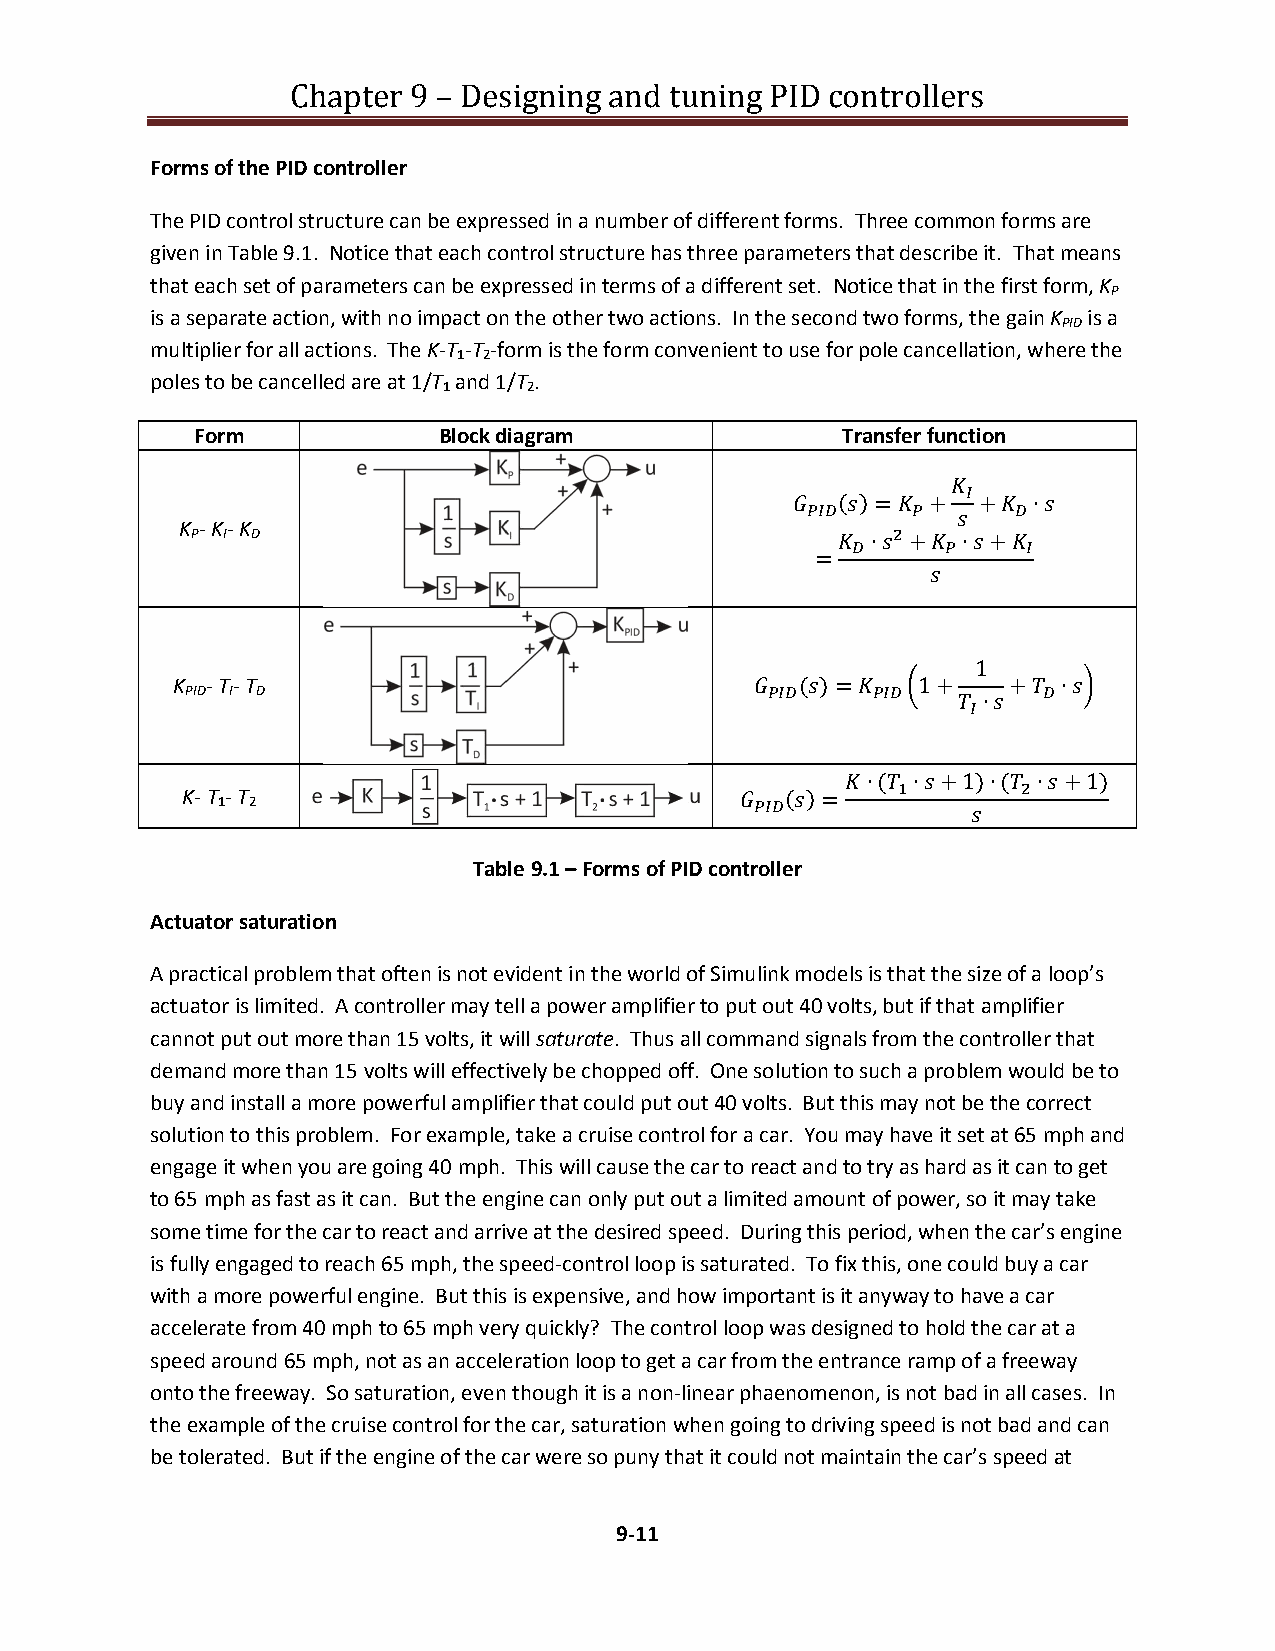
Chapter 9 – Designing and tuning PID controllers
 Forms of the PID controller
 The PID control structure can be expressed in a number of different forms. Three common forms are
 given in Table 9.1. Notice that each control structure has three parameters that describe it. That means
 that each set of parameters can be expressed in terms of a different set. Notice that in the first form, K
 P
 is a separate action, with no impact on the other two actions. In the second two forms, the gain K is a
 PID
 multiplier for all actions. The K-T -T -form is the form convenient to use for pole cancellation, where the
 1 2
 poles to be cancelled are at 1/T and 1/T .
 1     2
 Form            Block diagram              Transfer function

  ()=  +  + ∙

 K - K- K
 P I D                                       ∙+ ∙+

 =

 1
 K  - T- T                                ()=  1+    + ∙
 PID I D                                       ∙

 ∙( ∙+1)∙( ∙+1)
 K- T 1- T 2                           ()=

 Table 9.1 – Forms of PID controller
 Actuator saturation
 A practical problem that often is not evident in the world of Simulink models is that the size of a loop’s
 actuator is limited. A controller may tell a power amplifier to put out 40 volts, but if that amplifier
 cannot put out more than 15 volts, it will saturate. Thus all command signals from the controller that
 demand more than 15 volts will effectively be chopped off. One solution to such a problem would be to
 buy and install a more powerful amplifier that could put out 40 volts. But this may not be the correct
 solution to this problem. For example, take a cruise control for a car. You may have it set at 65 mph and
 engage it when you are going 40 mph. This will cause the car to react and to try as hard as it can to get
 to 65 mph as fast as it can. But the engine can only put out a limited amount of power, so it may take
 some time for the car to react and arrive at the desired speed. During this period, when the car’s engine
 is fully engaged to reach 65 mph, the speed-control loop is saturated. To fix this, one could buy a car
 with a more powerful engine. But this is expensive, and how important is it anyway to have a car
 accelerate from 40 mph to 65 mph very quickly? The control loop was designed to hold the car at a
 speed around 65 mph, not as an acceleration loop to get a car from the entrance ramp of a freeway
 onto the freeway. So saturation, even though it is a non-linear phaenomenon, is not bad in all cases. In
 the example of the cruise control for the car, saturation when going to driving speed is not bad and can
 be tolerated. But if the engine of the car were so puny that it could not maintain the car’s speed at
 9-11